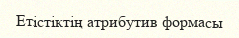
Етістіктің атрибутив формасы